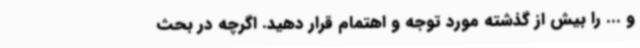
و ... را بیش از گذشته مورد توجه و اهتمام قرار دهید. اگرچه در بحث